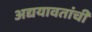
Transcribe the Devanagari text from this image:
अद्ययावतांची